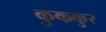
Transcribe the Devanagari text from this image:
कुककुर